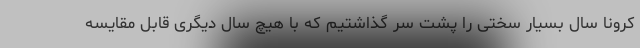
کرونا سال بسیار سختی را پشت سر گذاشتیم که با هیچ سال دیگری قابل مقایسه